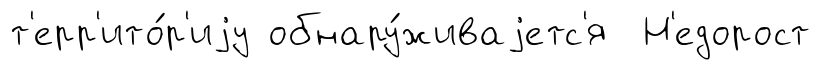
т'ерр'ито́р'иjу обнару́живаjетс'я Н'едорост